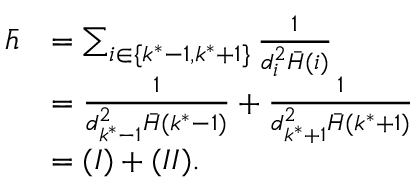
\begin{array} { r l } { \bar { h } } & { = \sum _ { i \in \{ k ^ { * } - 1 , k ^ { * } + 1 \} } \frac { 1 } { d _ { i } ^ { 2 } \bar { H } ( i ) } } \\ & { = \frac { 1 } { d _ { k ^ { * } - 1 } ^ { 2 } \bar { H } ( k ^ { * } - 1 ) } + \frac { 1 } { d _ { k ^ { * } + 1 } ^ { 2 } \bar { H } ( k ^ { * } + 1 ) } } \\ & { = ( I ) + ( I I ) . } \end{array}